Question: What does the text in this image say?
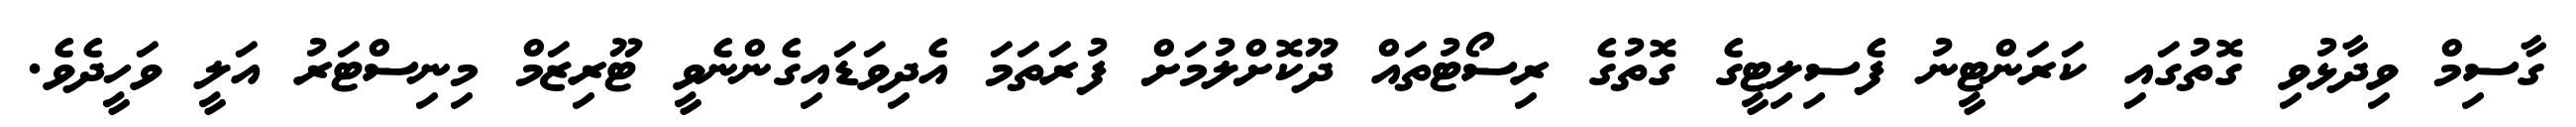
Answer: ގާސިމް ވިދާޅުވި ގޮތުގައި ކަރަންޓީނު ފެސިލިޓީގެ ގޮތުގެ ރިސޯޓުތައް ދޫކޮށްލުމަށް ފުރަތަމަ އެދިވަޑައިގެންނެވީ ޓޫރިޒަމް މިނިސްޓަރު އަލީ ވަހީދެވެ.